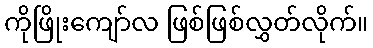
ကိုဖြိုးကျော်လ ဖြစ်ဖြစ်လွှတ်လိုက်။